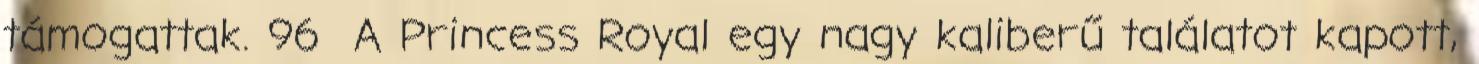
támogattak. 96 A Princess Royal egy nagy kaliberű találatot kapott,